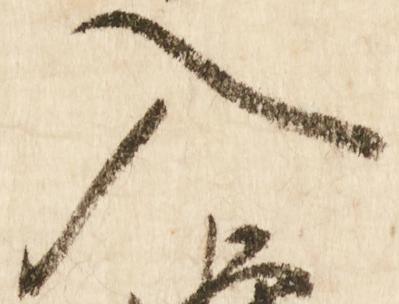
入